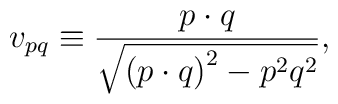
v_{pq}\equiv \frac{p\cdot q}{\sqrt{\left( p\cdot q\right) ^{2}-p^{2}q^{2}}},